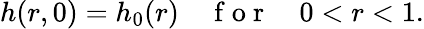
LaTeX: h(r,0)=h_{0}(r)\quad\mathrm{~f~o~r~}\quad 0<r<1.